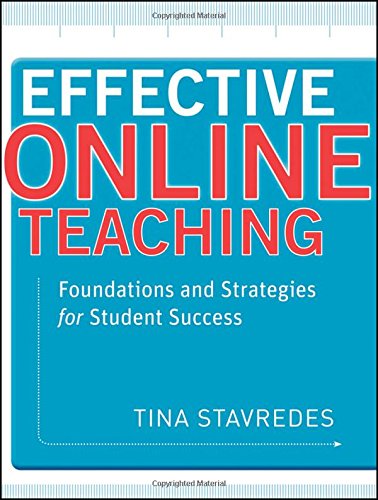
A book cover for Effective Online Teaching: Foundations and Strategies for Student Success; Tina Stavredes; Education & Teaching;